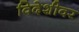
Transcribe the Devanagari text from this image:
विदेशीवर